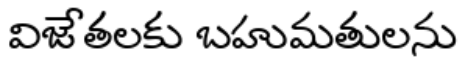
విజేతలకు బహుమతులను